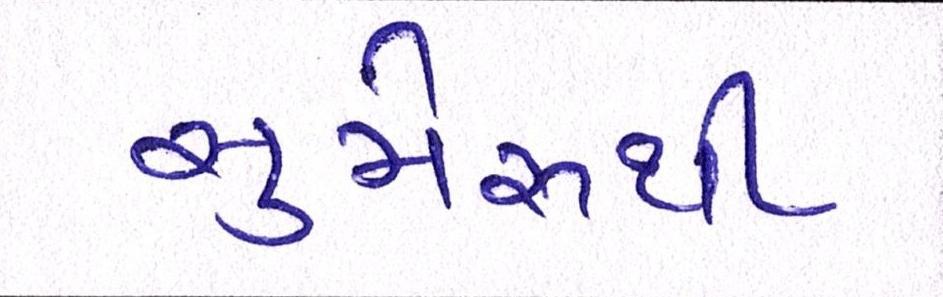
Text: સુમેરૂથી